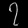
Digit: ၇